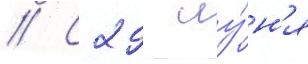
// С 29 иу́н'я